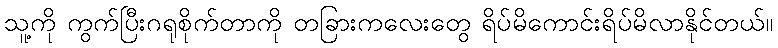
သူ့ကို ကွက်ပြီးဂရုစိုက်တာကို တခြားကလေးတွေ ရိပ်မိကောင်းရိပ်မိလာနိုင်တယ်။